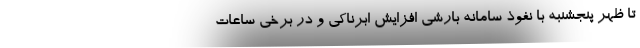
تا ظهر پنجشنبه با نفوذ سامانه بارشی افزایش ابرناکی و در برخی ساعات